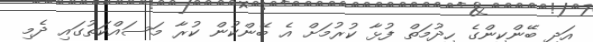
އަދި ބޭންކިންގެ ހިދުމަތް ފުޅާ ކުރުމަށް އެ ބޭންކުން ކުރާ މަސައްކަތުގައި ދެމި